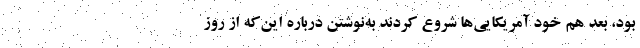
بود، بعد هم خود آمریکایی‌ها شروع کردند به‌نوشتن درباره این‌که از روز